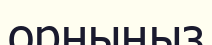
орныңыз